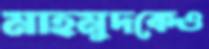
মাহমুদকেও